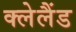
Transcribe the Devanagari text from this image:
क्लेलैंड